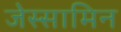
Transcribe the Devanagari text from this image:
जेस्सामिन